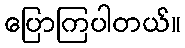
ပြောကြပါတယ်။